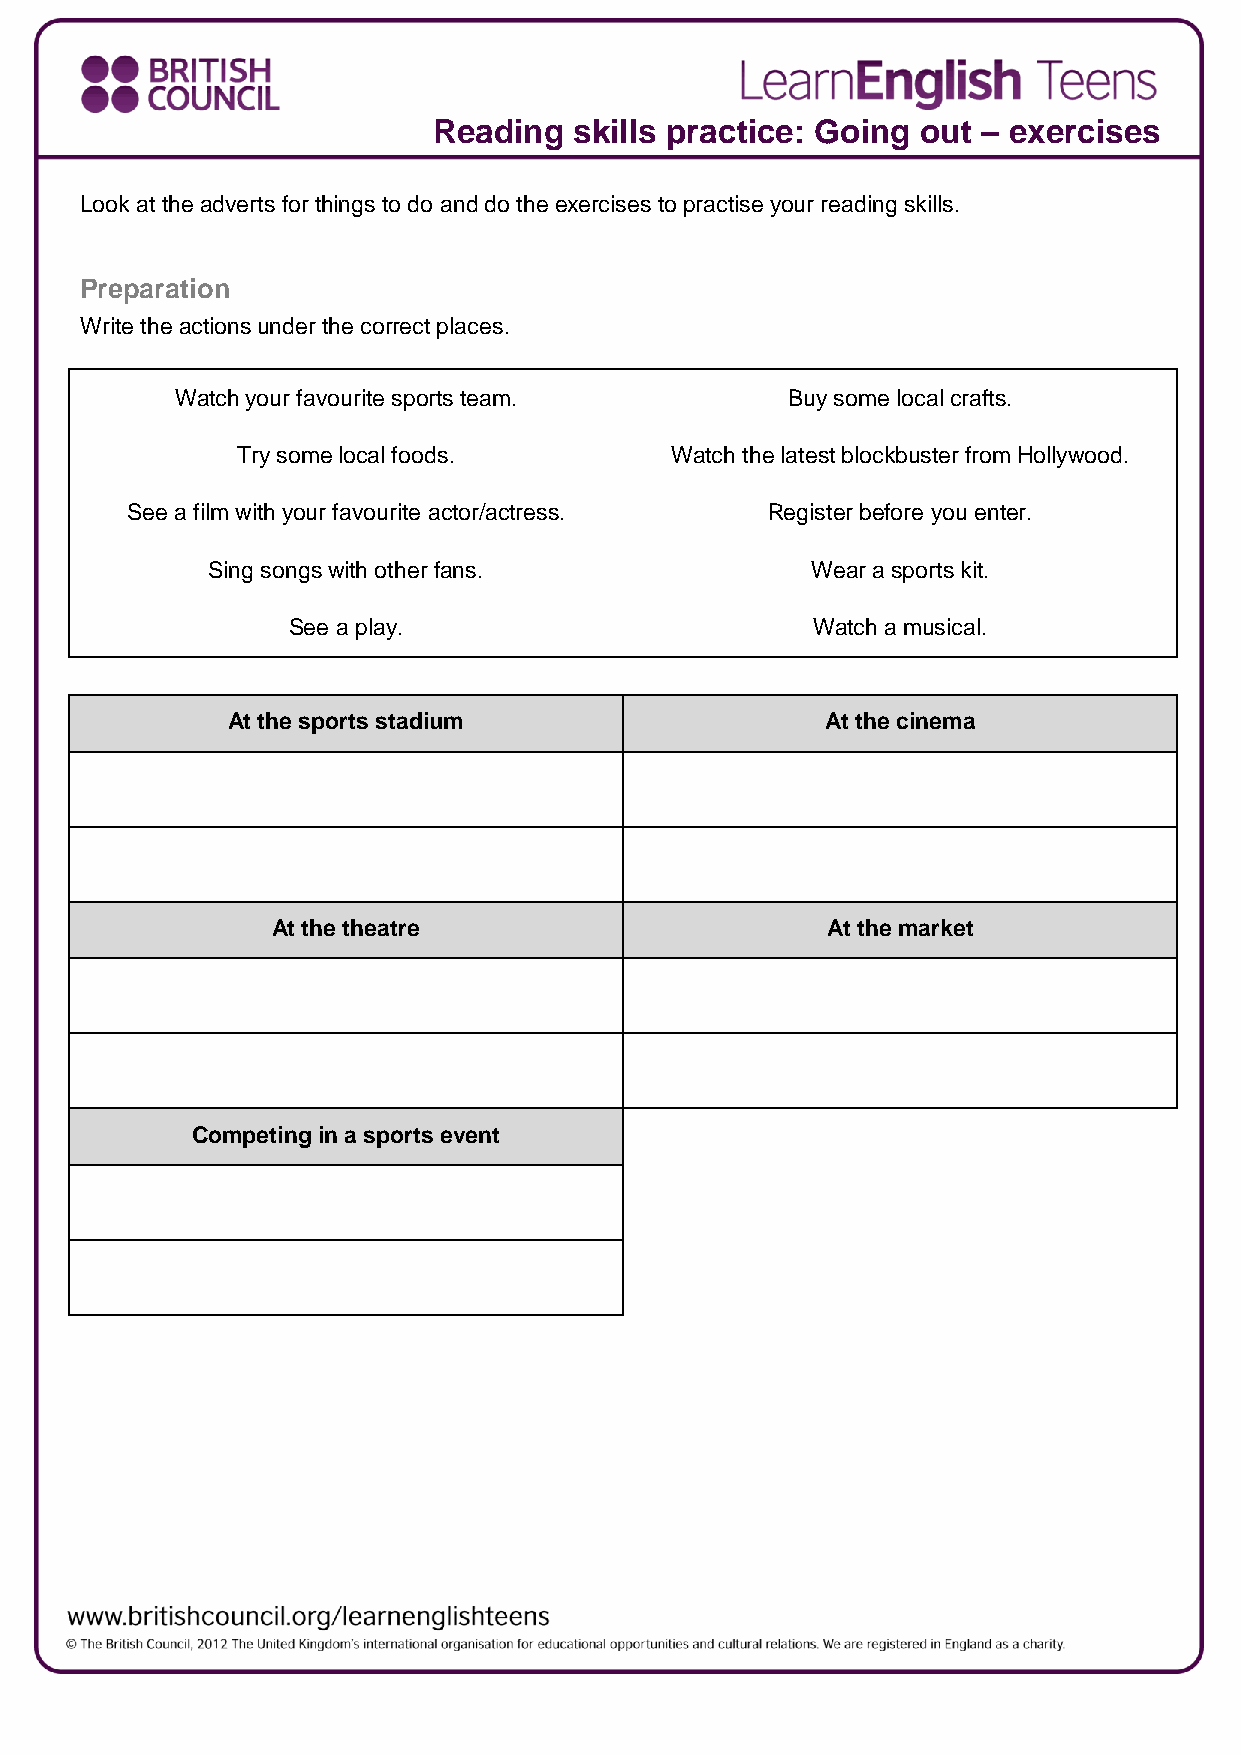
Reading  skills practice: Going out – exercises
 Look at the adverts for things to do and do the exercises to practise your reading skills.
 Preparation
 Write the actions under the correct places.
 Watch your favourite sports team.       Buy some local crafts.
 Try some local foods.       Watch the latest blockbuster from Hollywood.
 See a film with your favourite actor/actress. Register before you enter.
 Sing songs with other fans.             Wear a sports kit.
 See a play.                        Watch a musical.
 At the sports stadium                   At the cinema
 At the theatre                       At the market
 Competing in a sports event